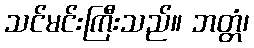
သင်မင်းကြီးသည်။ ဘတ္တံ၊